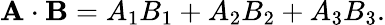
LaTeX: \mathbf{A}\cdot\mathbf{B}=A_{1}B_{1}+A_{2}B_{2}+A_{3}B_{3}.